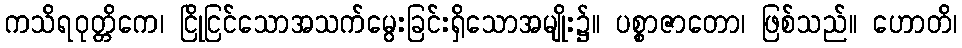
ကသိရဝုတ္တိကေ၊ ငြိုငြင်သောအသက်မွေးခြင်းရှိသောအမျိုး၌။ ပစ္စာဇာတော၊ ဖြစ်သည်။ ဟောတိ၊